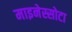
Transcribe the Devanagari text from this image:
माइनेस्सोटा